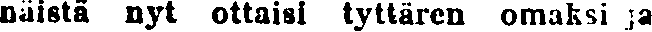
näistä nyt ottaisi tyttären omaksi ja